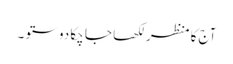
آج کا منظر لکھا جا چکا دوستو ۔